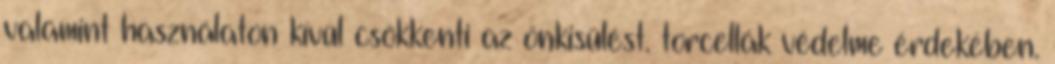
valamint használaton kívül csökkenti az önkisülést. torcellák védelme érdekében.